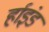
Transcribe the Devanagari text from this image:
र्हाइंड